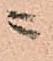
ニ